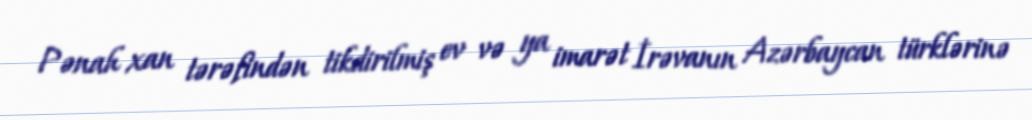
Pənah xan tərəfindən tikdirilmiş ev və ya imarət İrəvanın Azərbaycan türklərinə